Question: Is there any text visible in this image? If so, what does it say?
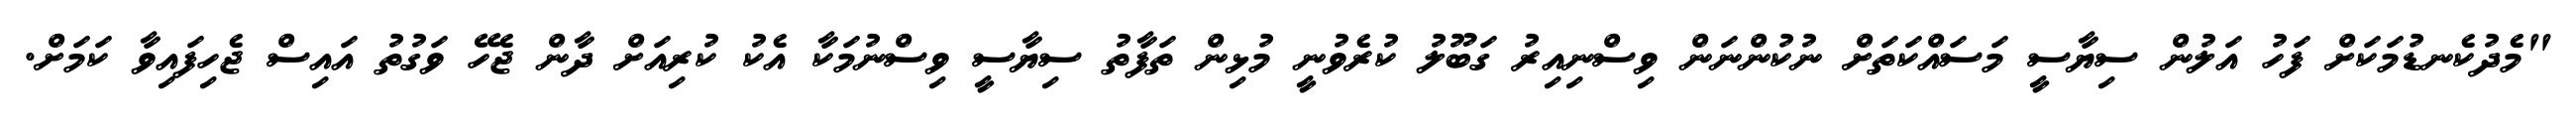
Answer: "މެދުކެނޑުމަކަށް ފަހު އަލުން ސިޔާސީ މަސައްކަތަށް ނުކުންނަން ވިސްނިއިރު ގަބޫލު ކުރެވުނީ މުޅިން ތަފާތު ސިޔާސީ ވިސްނުމަކާ އެކު ކުރިއަށް ދާން ޖެހޭ ވަގުތު އައިސް ޖެހިފައިވާ ކަމަށް.